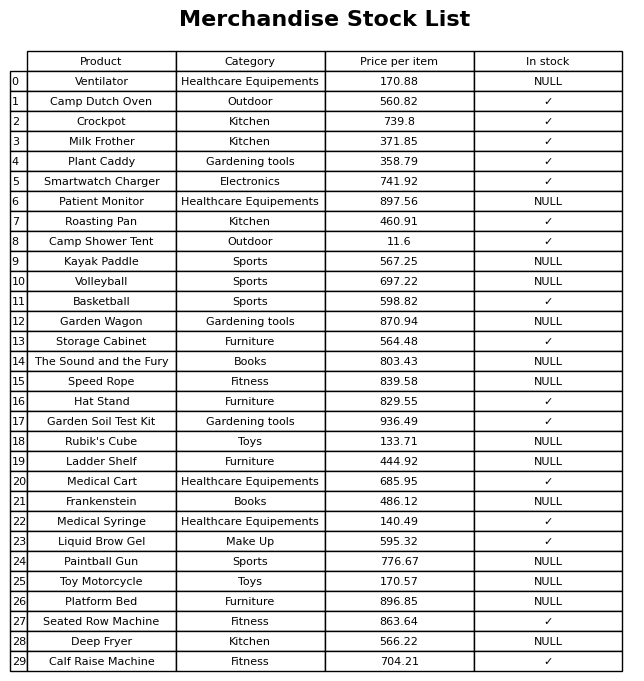
question: What is the price for Toy Motorcycle?
answer: The price of Toy Motorcycle is 170.57.